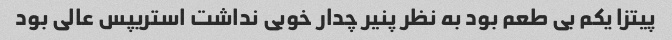
پیتزا یکم بی طعم بود به نظر پنیر چدار خوبی نداشت استریپس عالی بود